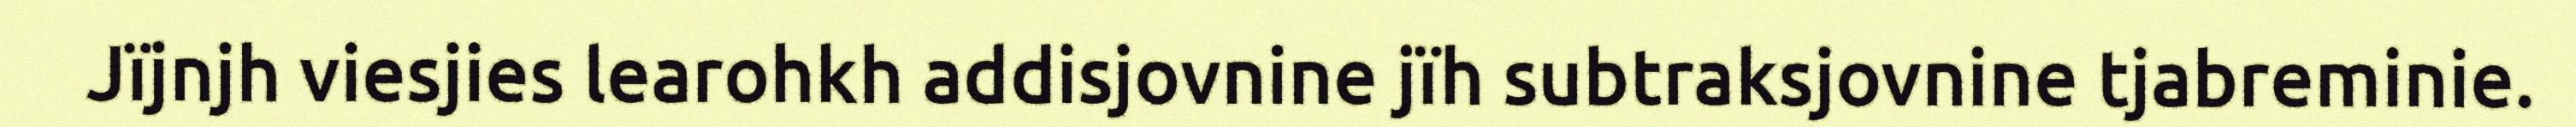
Jïjnjh viesjies learohkh addisjovnine jïh subtraksjovnine tjabreminie.